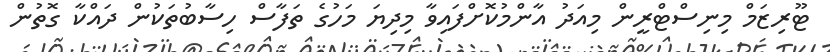
ޓޫރިޒަމް މިނިސްޓްރީން މިއަދު އާންމުކޮށްފައިވާ މިދިޔަ މަހުގެ ތަފާސް ހިސާބުތަކުން ދައްކާ ގޮތުން